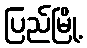
ပြည်မြို့